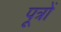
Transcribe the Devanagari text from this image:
पूत्रों